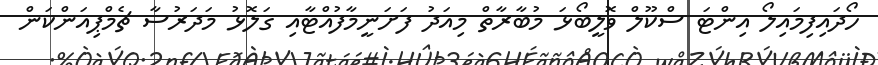
ހޯދައިފިމައިލޯ އިންޓަ ސްކޫލް ވޮލީބޯޅަ މުބާރާތް މިއަދު ފަށަނީމާފުއްޓާއި ގަލޮޅު މަދަރުސާ ޗެމްޕިއަންކަން